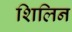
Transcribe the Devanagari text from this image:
शिलिन